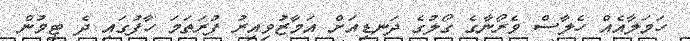
ހަމަލާއެއް ހެލާސް ވެރޯނާގެ ގޯލުގެ ދަނޑިއަށް އަމާޒުވިއިރު ފުރަތަމަ ހާފުގައި ދެ ޓީމުން